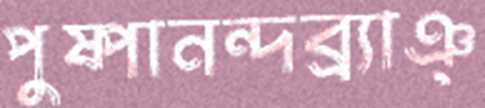
পুষ্পানন্দব্র্যাঞ্